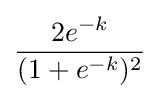
{\frac {2e^{-k}}{(1+e^{-k})^{2}}}\!